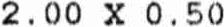
2.00 X 0.50